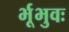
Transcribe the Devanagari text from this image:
र्भूभुवः